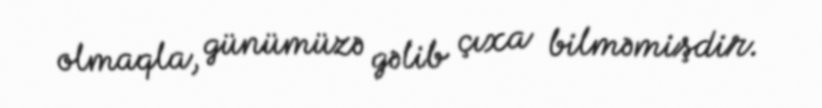
olmaqla, günümüzə gəlib çıxa bilməmişdir.